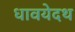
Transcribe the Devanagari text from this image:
धावयेदथ